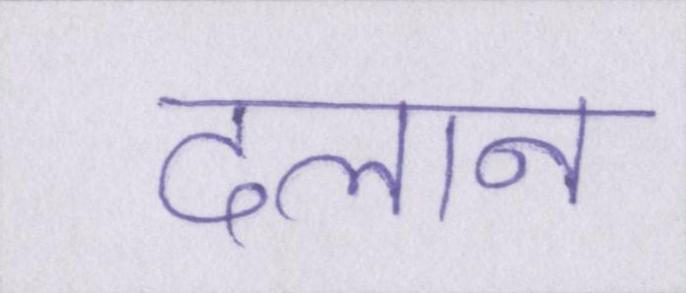
दलान